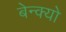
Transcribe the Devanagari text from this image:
बेन्क्यो